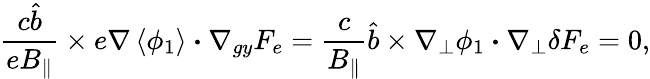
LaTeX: \frac{c\hat{b}}{eB_{\parallel}}\times e\nabla\left<\phi_{1}\right>\boldsymbol{\cdot}\nabla_{gy}F_{e}=\frac{c}{B_{\parallel}}\hat{b}\times\nabla_{\perp}\phi_{1}\boldsymbol{\cdot}\nabla_{\perp}\delta F_{e}=0,